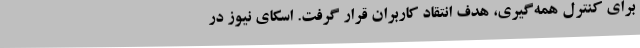
برای کنترل همه‌گیری، هدف انتقاد کاربران قرار گرفت. اسکای نیوز در